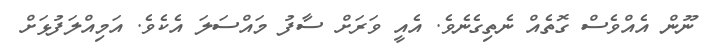
ނޫން އެއްވެސް ގޮތެއް ނެތިގެނެވެ. އެއީ ވަރަށް ސާފު މައްސަލަ އެކެވެ. އަމިއްލަފުޅަށް